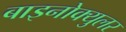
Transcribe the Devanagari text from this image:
बाइनोक्युलर